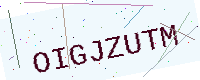
Text: OIGJZUTM